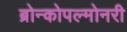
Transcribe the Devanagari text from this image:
ब्रोन्कोपल्मोनरी